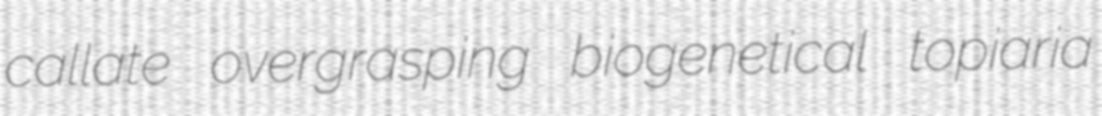
callate overgrasping biogenetical topiaria